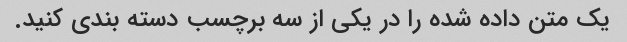
یک متن داده شده را در یکی از سه برچسب دسته بندی کنید.